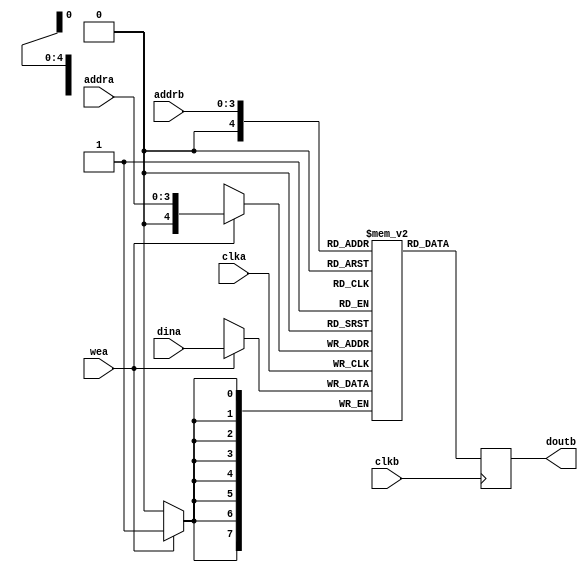
//library ieee;
//use ieee.std_logic_1164.all;
//use ieee.std_logic_unsigned.all;

//-----------------------------------------------------
// Design Name : ram_dp_sr_sw
// Function    : Synchronous read write RAM
// Coder       : Deepak Kumar Tala
//-----------------------------------------------------

`timescale 1ns/1ps

module blk_mem #(
  parameter DATA_WIDTH    = 8,
  parameter ADDRESS_WIDTH = 4
)(
  input                             clka,
  input                             wea,
  input   [ADDRESS_WIDTH - 1  :0]   addra,
  input   [DATA_WIDTH - 1:0]        dina,
  input                             clkb,
  input   [ADDRESS_WIDTH - 1:0]     addrb,
  output  [DATA_WIDTH - 1:0]        doutb
);

//Parameters
//Registers/Wires
reg [DATA_WIDTH - 1:0] mem [0:2 ** ADDRESS_WIDTH];
reg [DATA_WIDTH - 1:0] dout;

//Submodules
//Asynchronous Logic
assign doutb = dout;

//Synchronous Logic
//write only on the A side
`ifdef SIMULATION
//Only initialize in simulation... somthing gets fucked when you try and do it on an FPGA
integer i;
initial begin
  i = 0;
  for (i = 0; i < (2 ** ADDRESS_WIDTH); i = i + 1) begin
    mem[i]  <=  0;
  end
end
`endif

always @ (posedge clka)
begin
  if ( wea ) begin
     mem[addra] <= dina;
  end
end

//read only on the b side
always @ (posedge clkb)
begin
     dout <= mem[addrb];
end


endmodule